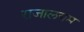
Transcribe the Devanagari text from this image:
राजालयम